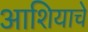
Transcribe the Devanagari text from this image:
आशियाचे